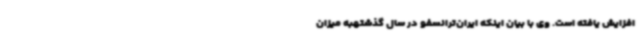
افزایش یافته است. وی با بیان اینکه ایران‌ترانسفو در سال گذشتهبه میزان